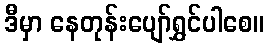
ဒီမှာ နေတုန်းပျော်ရွှင်ပါစေ။